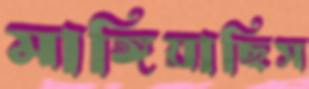
মাঙ্গিয়াছিস